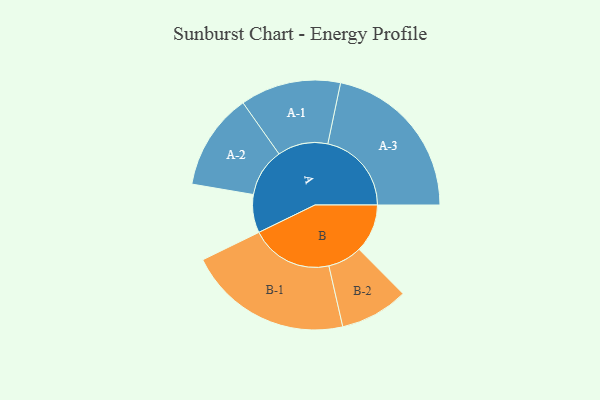
{"axis": {"x": "Segment", "y": "Value"}, "legend": ["", "A", "B"], "data": [{"x": "A", "y": 135, "type": ""}, {"x": "B", "y": 171, "type": ""}, {"x": "A-1", "y": 178, "type": "A"}, {"x": "A-2", "y": 171, "type": "A"}, {"x": "A-3", "y": 296, "type": "A"}, {"x": "B-1", "y": 291, "type": "B"}, {"x": "B-2", "y": 121, "type": "B"}]}